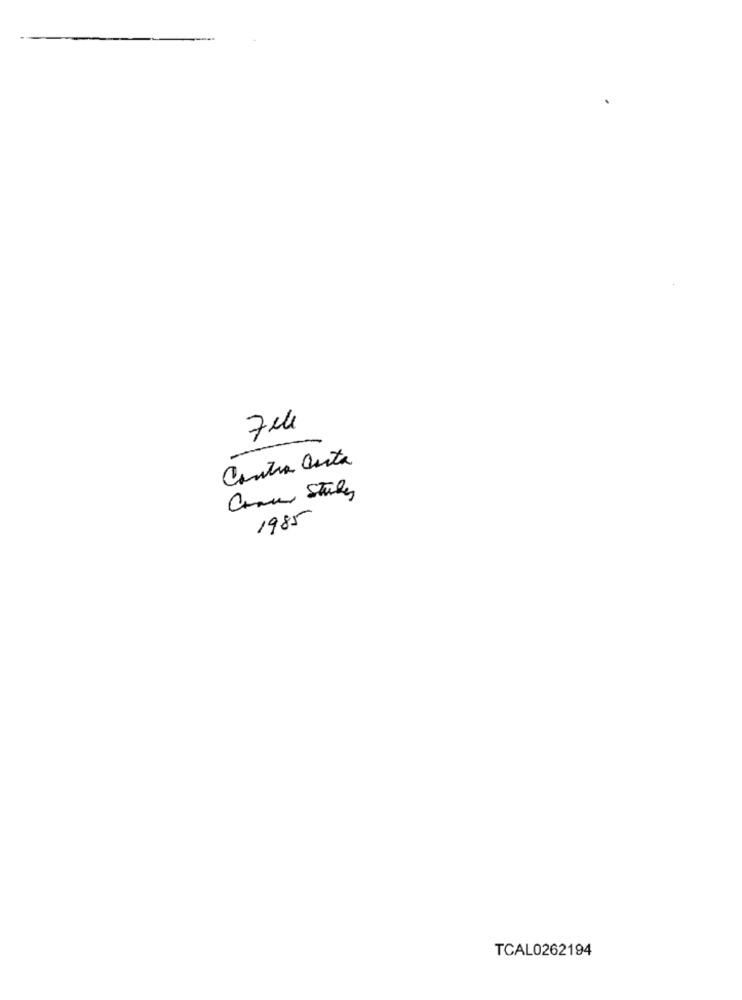
Contra Costa
Chan Study
1985
TCAL0262194